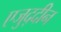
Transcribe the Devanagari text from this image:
एजुद्दीन